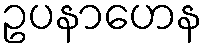
ဥပနာဟေန